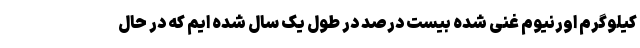
کیلوگرم اورنیوم غنی شده بیست درصد در طول یک سال شده ایم که در حال